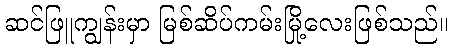
ဆင်ဖြူကျွန်းမှာ မြစ်ဆိပ်ကမ်းမြို့လေးဖြစ်သည်။